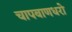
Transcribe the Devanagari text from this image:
चापबाणधरो